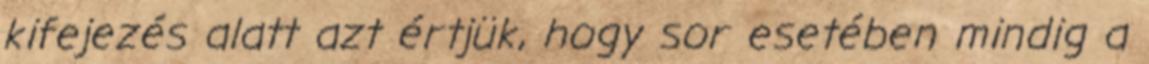
kifejezés alatt azt értjük, hogy sor esetében mindig a